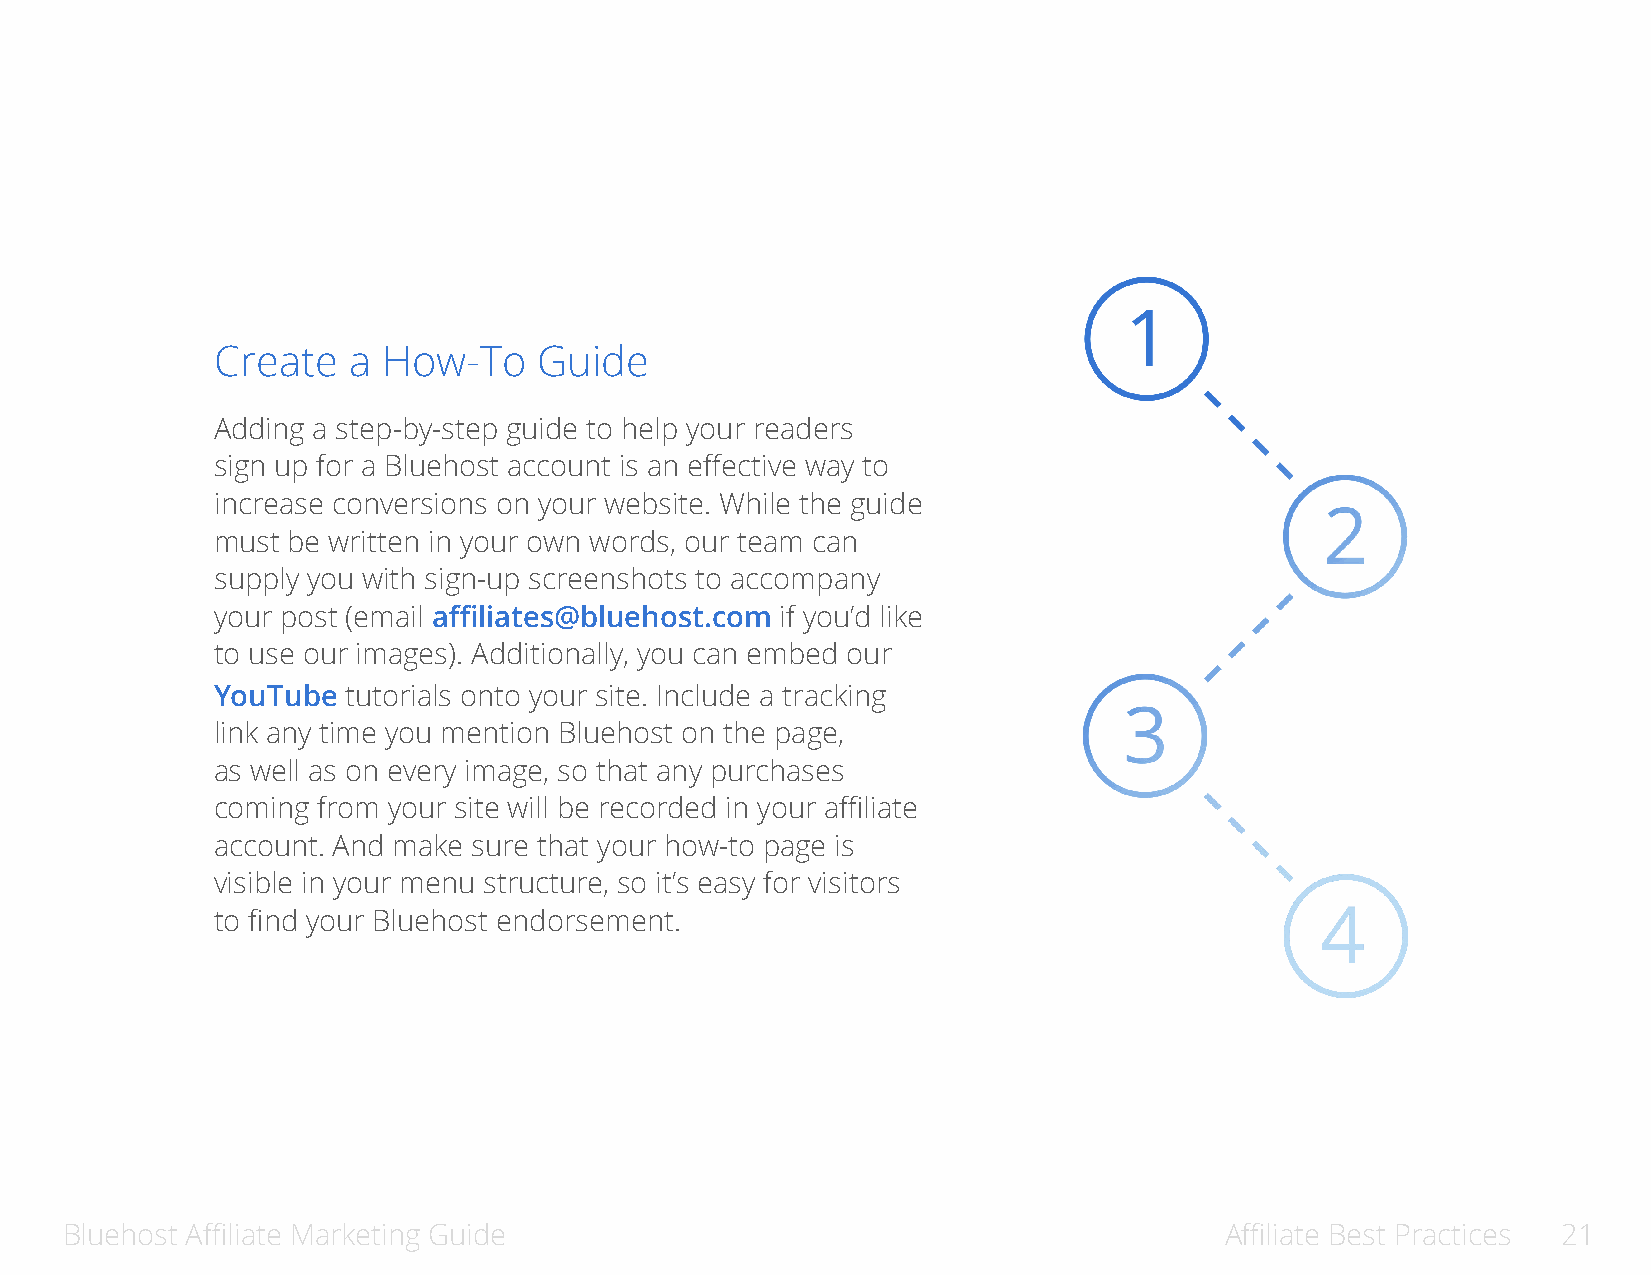
Create   a How-To     Guide
 Adding a step-by-step guide to help your readers
 sign up for a Bluehost account is an effective way to
 increase conversions on your website. While the guide
 must be written in your own words, our team can
 supply you with sign-up screenshots to accompany
 your post (email affiliates@bluehost.com if you’d like
 to use our images). Additionally, you can embed our
 YouTube  tutorials onto your site. Include a tracking
 link any time you mention Bluehost on the page,
 as well as on every image, so that any purchases
 coming from your site will be recorded in your affiliate
 account. And make sure that your how-to page is
 visible in your menu structure, so it’s easy for visitors
 to find your Bluehost endorsement.
 Bluehost Affiliate Marketing Guide                                           Affiliate Best Practices 21